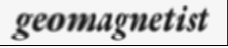
geomagnetist